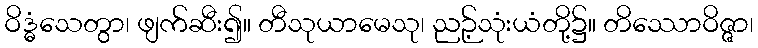
ဝိဒ္ဓံသေတွာ၊ ဖျက်ဆီး၍။ တီသုယာမေသု၊ ညဉ့်သုံးယံတို့၌။ တိဿောဝိဇ္ဇာ၊